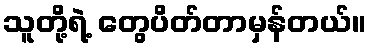
သူတို့ရဲ့ တွေပိတ်တာမှန်တယ်။